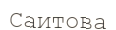
Саитова